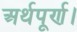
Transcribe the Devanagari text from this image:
अर्थपूर्ण।